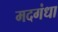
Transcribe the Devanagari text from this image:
मदगंधा